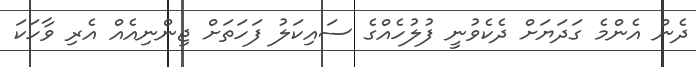
ދެން އެންމެ ގަދަޔަށް ދެކެވުނީ ފުލުހެއްގެ ސައިކަލު ފަހަތަށް ޖިންނިއެއް އެރި ވާހަކަ